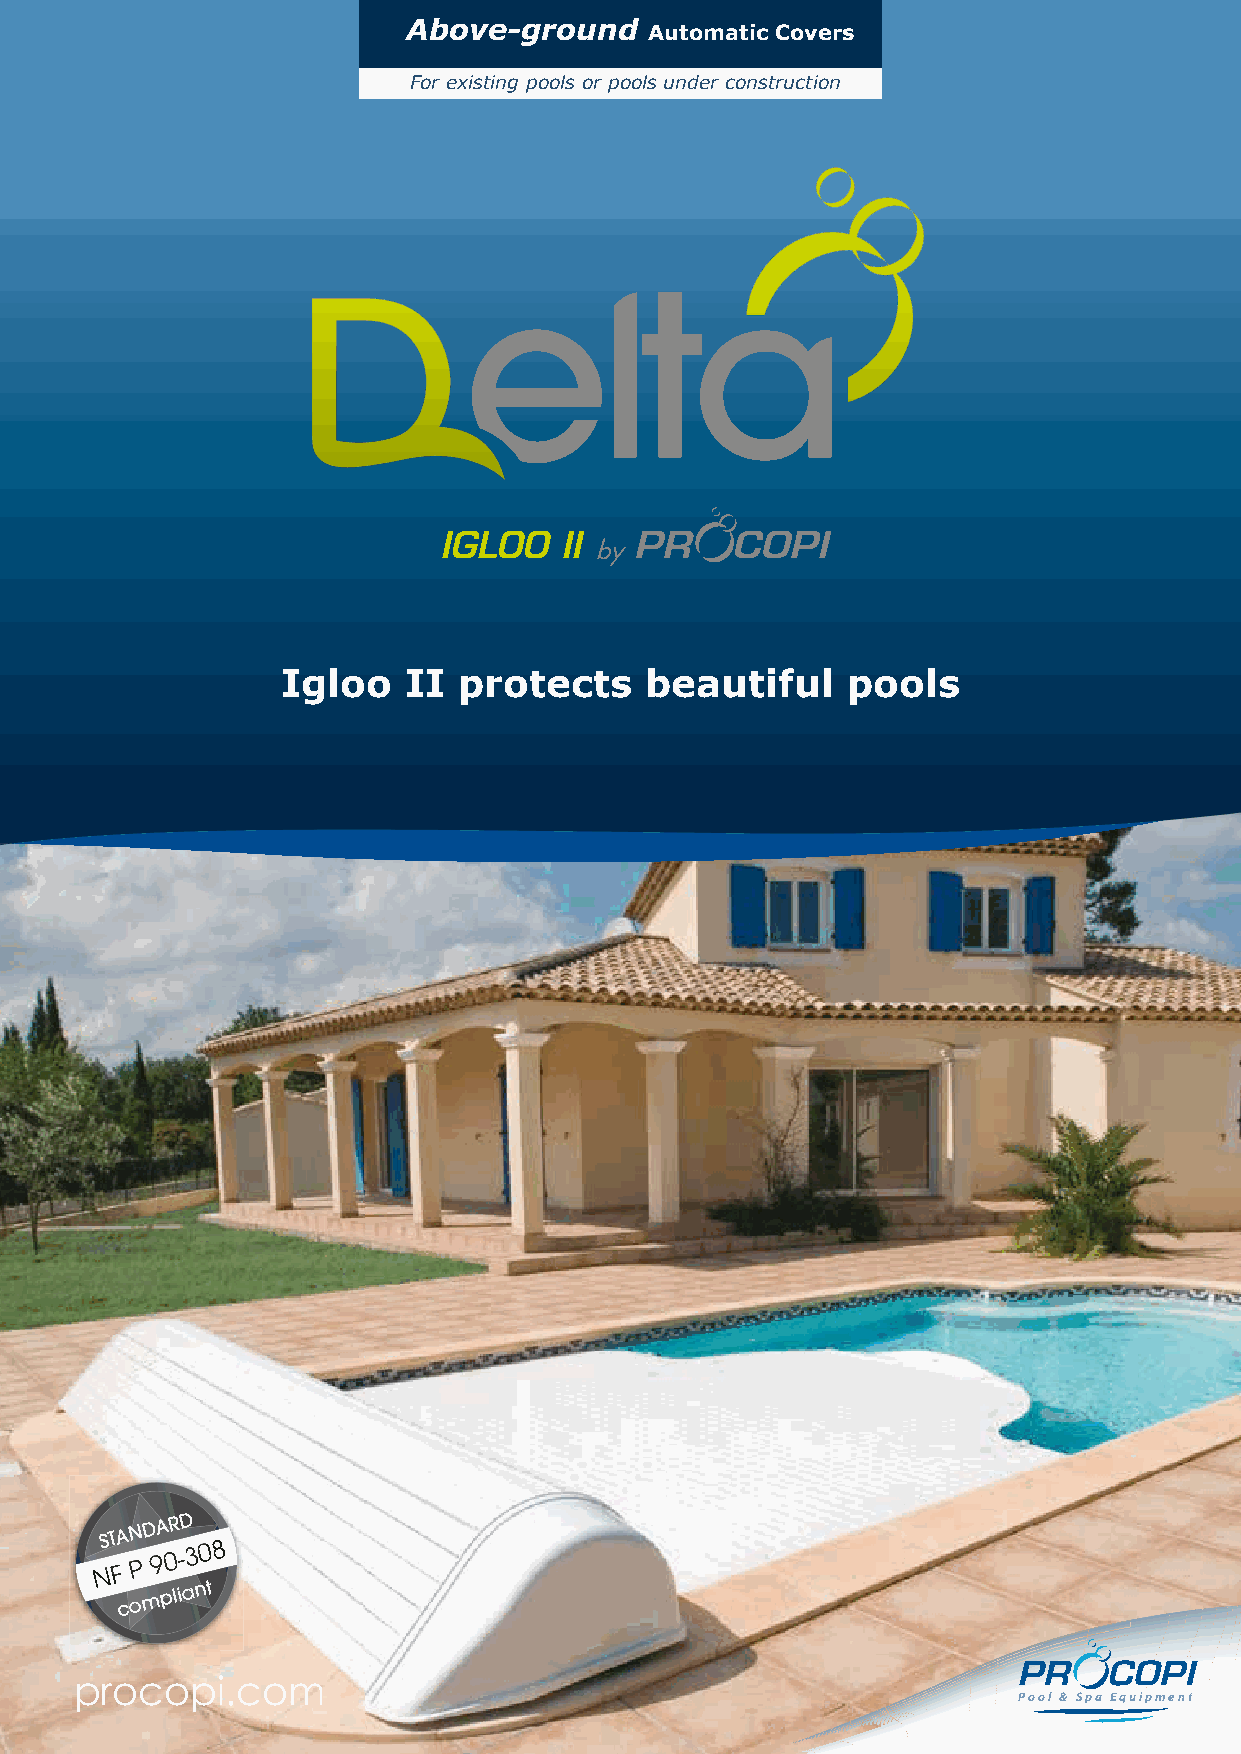
Above-ground    Automatic Covers
 For existing pools or pools under construction
 IGLOO   II
 Igloo   II protects     beautiful    pools
 NNST FFA N PPD 99A 00R --D
 330088
 compliant
 procopi.com
 Pool & Spa Equipment